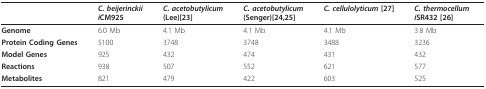
<table><thead><tr><td></td><td><b><i>C. beijerinckii</i><i>i</i>CM925</b></td><td><b><i>C. acetobutylicum</i>(Lee)[23]</b></td><td><b><i>C. acetobutylicum</i>(Senger)[24,25]</b></td><td><b><i>C. cellulolyticum </i>[27]</b></td><td><b><i>C. thermocellum</i><i>i</i>SR432 [26]</b></td></tr></thead><tbody><tr><td><b>Genome</b></td><td>6.0 Mb</td><td>4.1 Mb</td><td>4.1 Mb</td><td>4.1 Mb</td><td>3.8 Mb</td></tr><tr><td><b>Protein Coding Genes</b></td><td>5100</td><td>3748</td><td>3748</td><td>3488</td><td>3236</td></tr><tr><td><b>Model Genes</b></td><td>925</td><td>432</td><td>474</td><td>431</td><td>432</td></tr><tr><td><b>Reactions</b></td><td>938</td><td>507</td><td>552</td><td>621</td><td>577</td></tr><tr><td><b>Metabolites</b></td><td>821</td><td>479</td><td>422</td><td>603</td><td>525</td></tr></tbody></table>